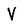
Character: V